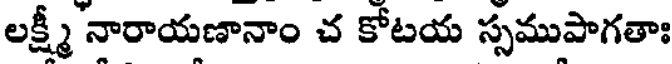
లక్ష్మీ నారాయణానాం చ కోటయ స్సముపాగతాః